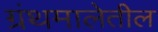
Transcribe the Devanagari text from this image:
ग्रंथमालेतील